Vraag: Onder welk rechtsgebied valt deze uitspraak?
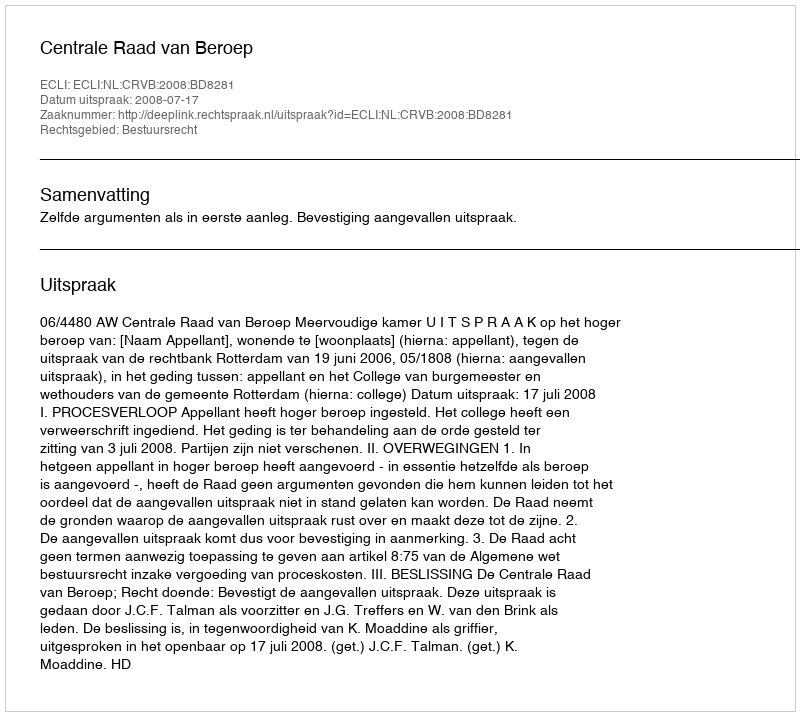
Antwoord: Bestuursrecht